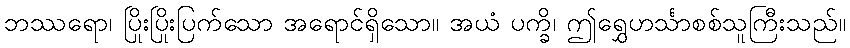
ဘဿရော၊ ပြိုးပြိုးပြက်သော အရောင်ရှိသော။ အယံ ပက္ခိ၊ ဤရွှေဟင်္သာစစ်သူကြီးသည်။